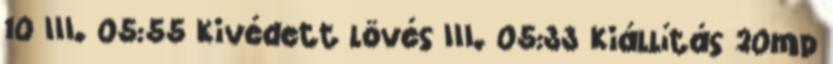
10 III. 05:55 Kivédett lövés III. 05:33 Kiállítás 20mp